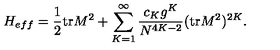
H _ { e f f } = \frac { 1 } { 2 } \mathrm { t r } M ^ { 2 } + \sum _ { K = 1 } ^ { \infty } \frac { c _ { K } g ^ { K } } { N ^ { 4 K - 2 } } ( \mathrm { t r } M ^ { 2 } ) ^ { 2 K } .